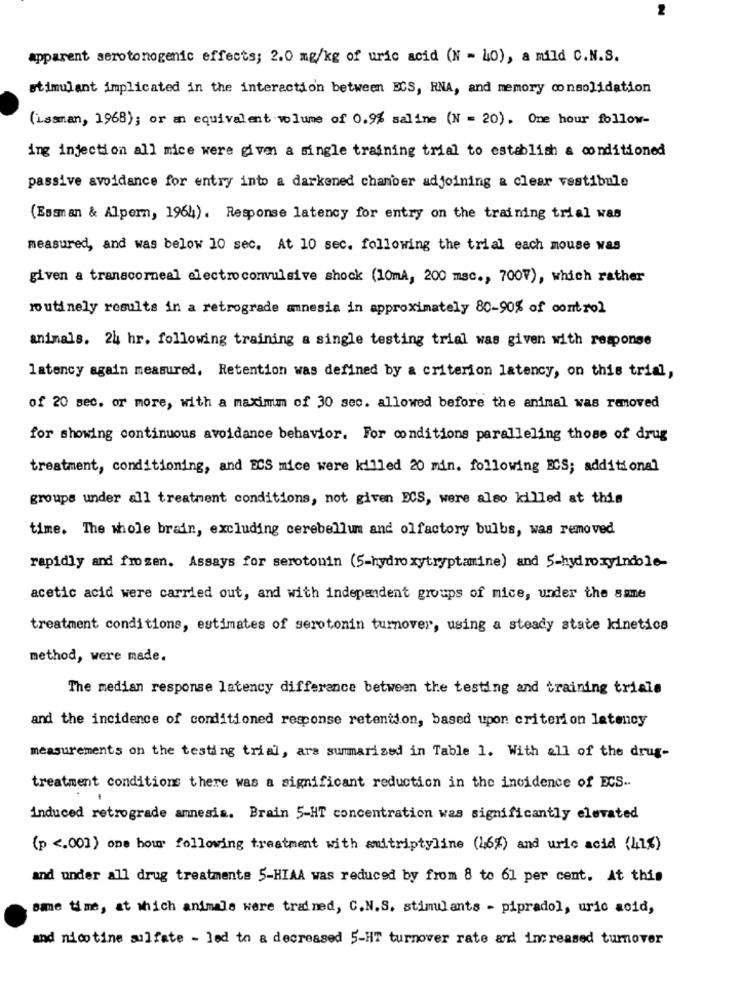
apparent serotonogenic effects; 2.0 mg/kg of uric acid (N = 40), a mild C.N.S.
stimulant implicated in the interaction between ECS, RNA, and memory consolidation
(Lasman, 1968); or an equivalent volume of 0.9% saline (N = 20). One hour follow-
ing injection all mice were given a single training trial to establish a conditioned
passive avoidance for entry into a darkened chamber adjoining a clear vestibule
(Essman & Alpern, 1964). Response latency for entry on the training trial was
measured, and was below 10 sec. At 10 sec. following the trial each mouse was
given a transcorneal electroconvulsive shock (10mA, 200 msc ., 700V), which rather
routinely results in a retrograde amnesia in approximately 80-90% of control
animals. 24 hr. following training a single testing trial was given with response
latency again measured, Retention was defined by a criterion latency, on this trial,
of 20 sec. or more, with a maximum of 30 sec. allowed before the animal was removed
for showing continuous avoidance behavior. For conditions paralleling those of drug
treatment, conditioning, and ECS mice were killed 20 min. following ECS; additional
groups under all treatment conditions, not given ECS, were also killed at this
time. The whole brain, excluding cerebellum and olfactory bulbs, was removed
rapidly and frozen. Assays for serotonin (5-hydroxytryptamine) and 5-hydroxyindole-
acetic acid were carried out, and with independent groups of mice, under the same
treatment conditions, estimates of serotonin turnover, using a steady state kinetics
method, were made.
The median response latency difference between the testing and training trials
and the incidence of conditioned response retention, based upon criterion latency
measurements on the testing trial, ars summarized in Table 1. With all of the drug-
treatment conditions there was a significant reduction in the incidence of ECS ..
induced retrograde amnesia. Brain 5-HT concentration was significantly elevated
(p <. 001) one hour following treatment with amitriptyline (46%) and uric acid (41%)
and under all drug treatmente 5-HIAA was reduced by from 8 to 61 per cent. At this
ame time, at which animals were trained, C. N.S. stimulants - pipradol, uric acid,
and nicotine sulfate - led to a decreased 5-HT turnover rate and increased turnover